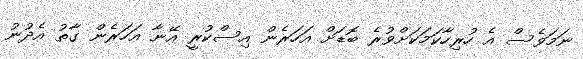
ނަމަވެސް އެ ހުރިހާކަމަކަށްވުރެ ބޮޑަށް އަހަރެން އިސްކުރީ އޭނާ އަހަރެން ގާތު އެދުނު